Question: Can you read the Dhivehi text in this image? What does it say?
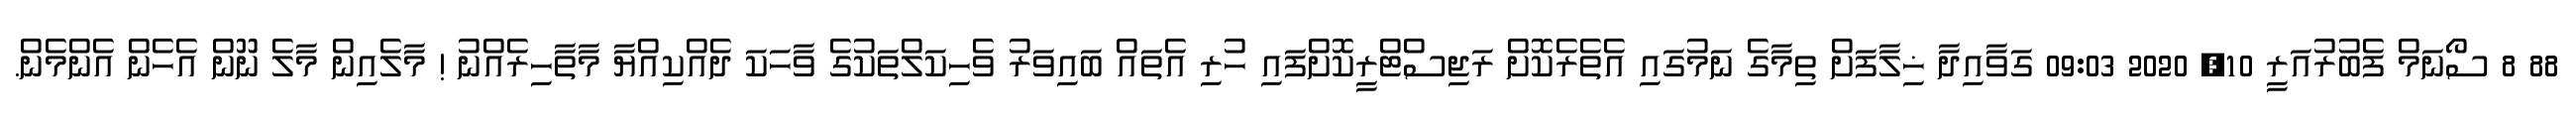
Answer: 88 8 ސޯނަމް ފެބުރުއަރީ 10, 2020 09:03 ގަވާއިދާ ޚިލާފަށް ތިމާގެ ނަމުގައި އެތެރެކޮށް ރަޖިސްޓްރީކޮށްފައި ހުރި އެތައް ބައިވަރު ވެހިކަލްތަކުގެ ވާހަކަ ދެއްކިއްޔާ މާތާހިރެއްނު ! މާލެއިން މާލެ ނޫން އެހެން އެންމެން.